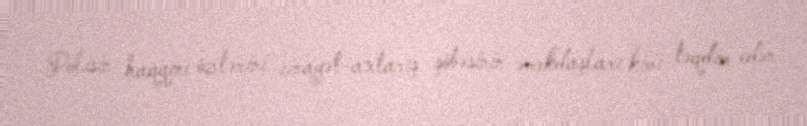
Polisin haqqını özlərini cinayət-axtarış şöbəsinin əməkdaşları kimi təqdim edən